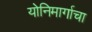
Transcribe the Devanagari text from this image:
योनिमार्गाचा